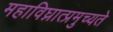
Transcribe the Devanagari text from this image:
महाविघ्नात्प्रमुच्यते